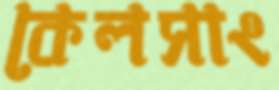
কেলসাং